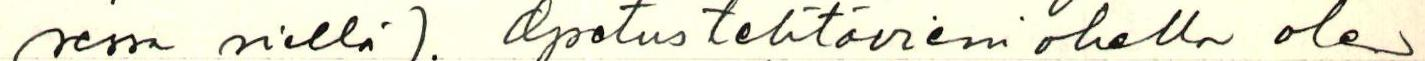
sessa siellä). Opetustehtävieni ohella olen